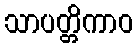
သာပတ္တိကာဝ